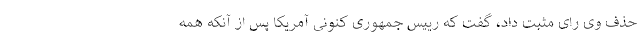
حذف وی رای مثبت داد، گفت که رییس جمهوری کنونی آمریکا پس از آنکه همه